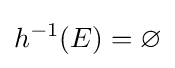
h^{-1}(E)=\varnothing